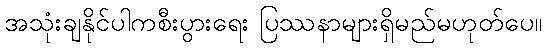
အသုံးချနိုင်ပါကစီးပွားရေး ပြဿနာများရှိမည်မဟုတ်ပေ။